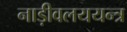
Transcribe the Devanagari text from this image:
नाड़ीवलययन्त्र